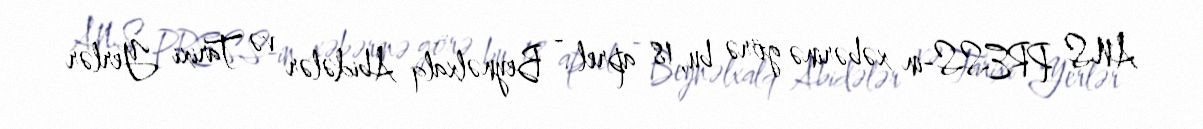
ANS PRESS-in xəbərinə görə bu, 18 aprel - Beynəlxalq Abidələr və Tarixi Yerlər